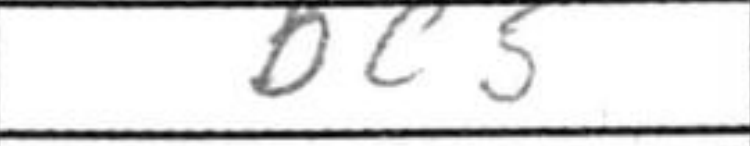
Transcription: Bc5